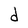
Character: d